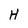
Character: H